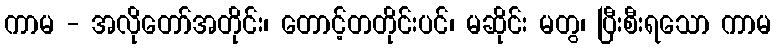
ကာမ - အလိုတော်အတိုင်း၊ တောင့်တတိုင်းပင်၊ မဆိုင်း မတွ၊ ပြီးစီးရသော ကာမ